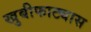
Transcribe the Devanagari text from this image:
खुबीफाट्यास